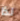
لذا